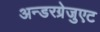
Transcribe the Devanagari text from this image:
अन्डरग्रेजुएट